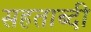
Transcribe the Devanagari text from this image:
सहताब्दी